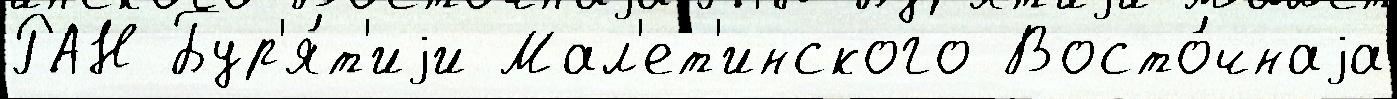
РАН Бур'я́т'иjи Мал'ет'инского Восто́чнаjа